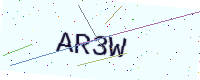
Text: AR3W